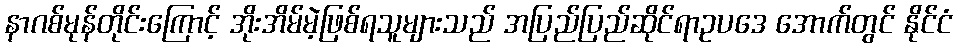
နာဂစ်မုန်တိုင်းကြောင့် အိုးအိမ်မဲ့ဖြစ်ရသူများသည် အပြည်ပြည်ဆိုင်ရာဥပဒေ အောက်တွင် နိုင်ငံ